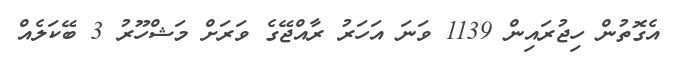
އެގޮތުން ހިޖުރައިން 1139 ވަނަ އަހަރު ރާއްޖޭގެ ވަރަށް މަޝްހޫރު 3 ބޭކަލެއް